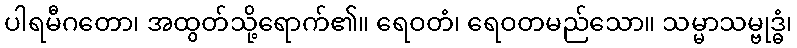
ပါရမီဂတော၊ အထွတ်သို့ရောက်၏။ ရေဝတံ၊ ရေဝတမည်သော။ သမ္မာသမ္ဗုဒ္ဓံ၊